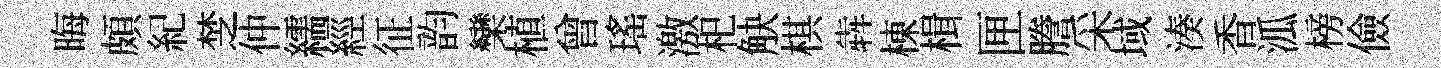
晦頗紀椘仲繻經征韵欒植曾瑤激𣏌觖棋犇棟楫匣謄采域湊香泒榜儉